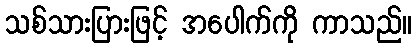
သစ်သားပြားဖြင့် အပေါက်ကို ကာသည်။